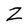
Character: Z